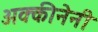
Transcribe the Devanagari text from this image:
अक्कीनेनी